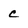
Character: c